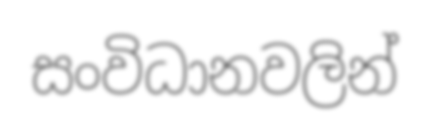
සංවිධානවලින්